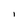
Character: I